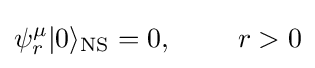
\psi _{r}^{\mu }|0\rangle _{\text{NS}}=0,\ \ \ \ \ \ \ r>0